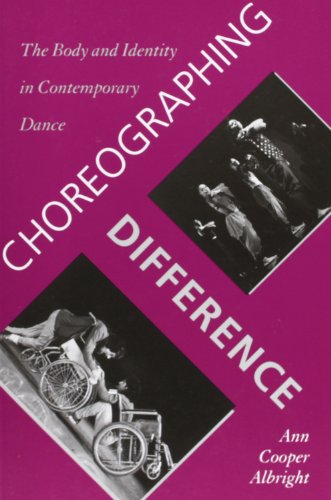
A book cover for Choreographing Difference: The Body and Identity in Contemporary Dance (Studies. Engineering Dynamics Series;9); Ann Cooper Albright; Medical Books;